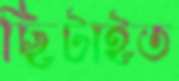
ছিটাইত